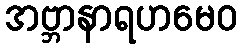
အဗ္ဘာနာရဟမေဝ